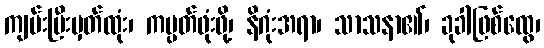
ကျမ်းပြီးမှတ်ထုံး၊ ကမ္ပတ်ဖုံးဖို့၊ နိဂုံးအရာ၊ သာသနာ၏၊ ခုခါဖြစ်ထွေ၊